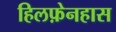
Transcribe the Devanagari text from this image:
हिलफ़ेनहास